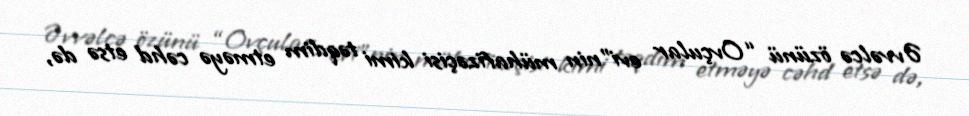
Əvvəlcə özünü “Ovçular evi”nin mühafizəçisi kimi təqdim etməyə cəhd etsə də,